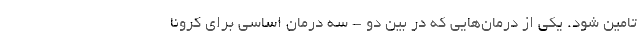
تامین شود. یکی از درمان‌هایی که در بین دو - سه درمان اساسی برای کرونا